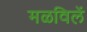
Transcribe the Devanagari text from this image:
मळविलें